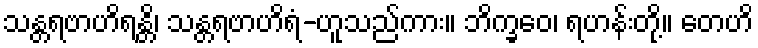
သန္တရဗာဟိရန္တိ၊ သန္တရဗာဟိရံ-ဟူသည်ကား။ ဘိက္ခဝေ၊ ရဟန်းတို့။ တေဟိ